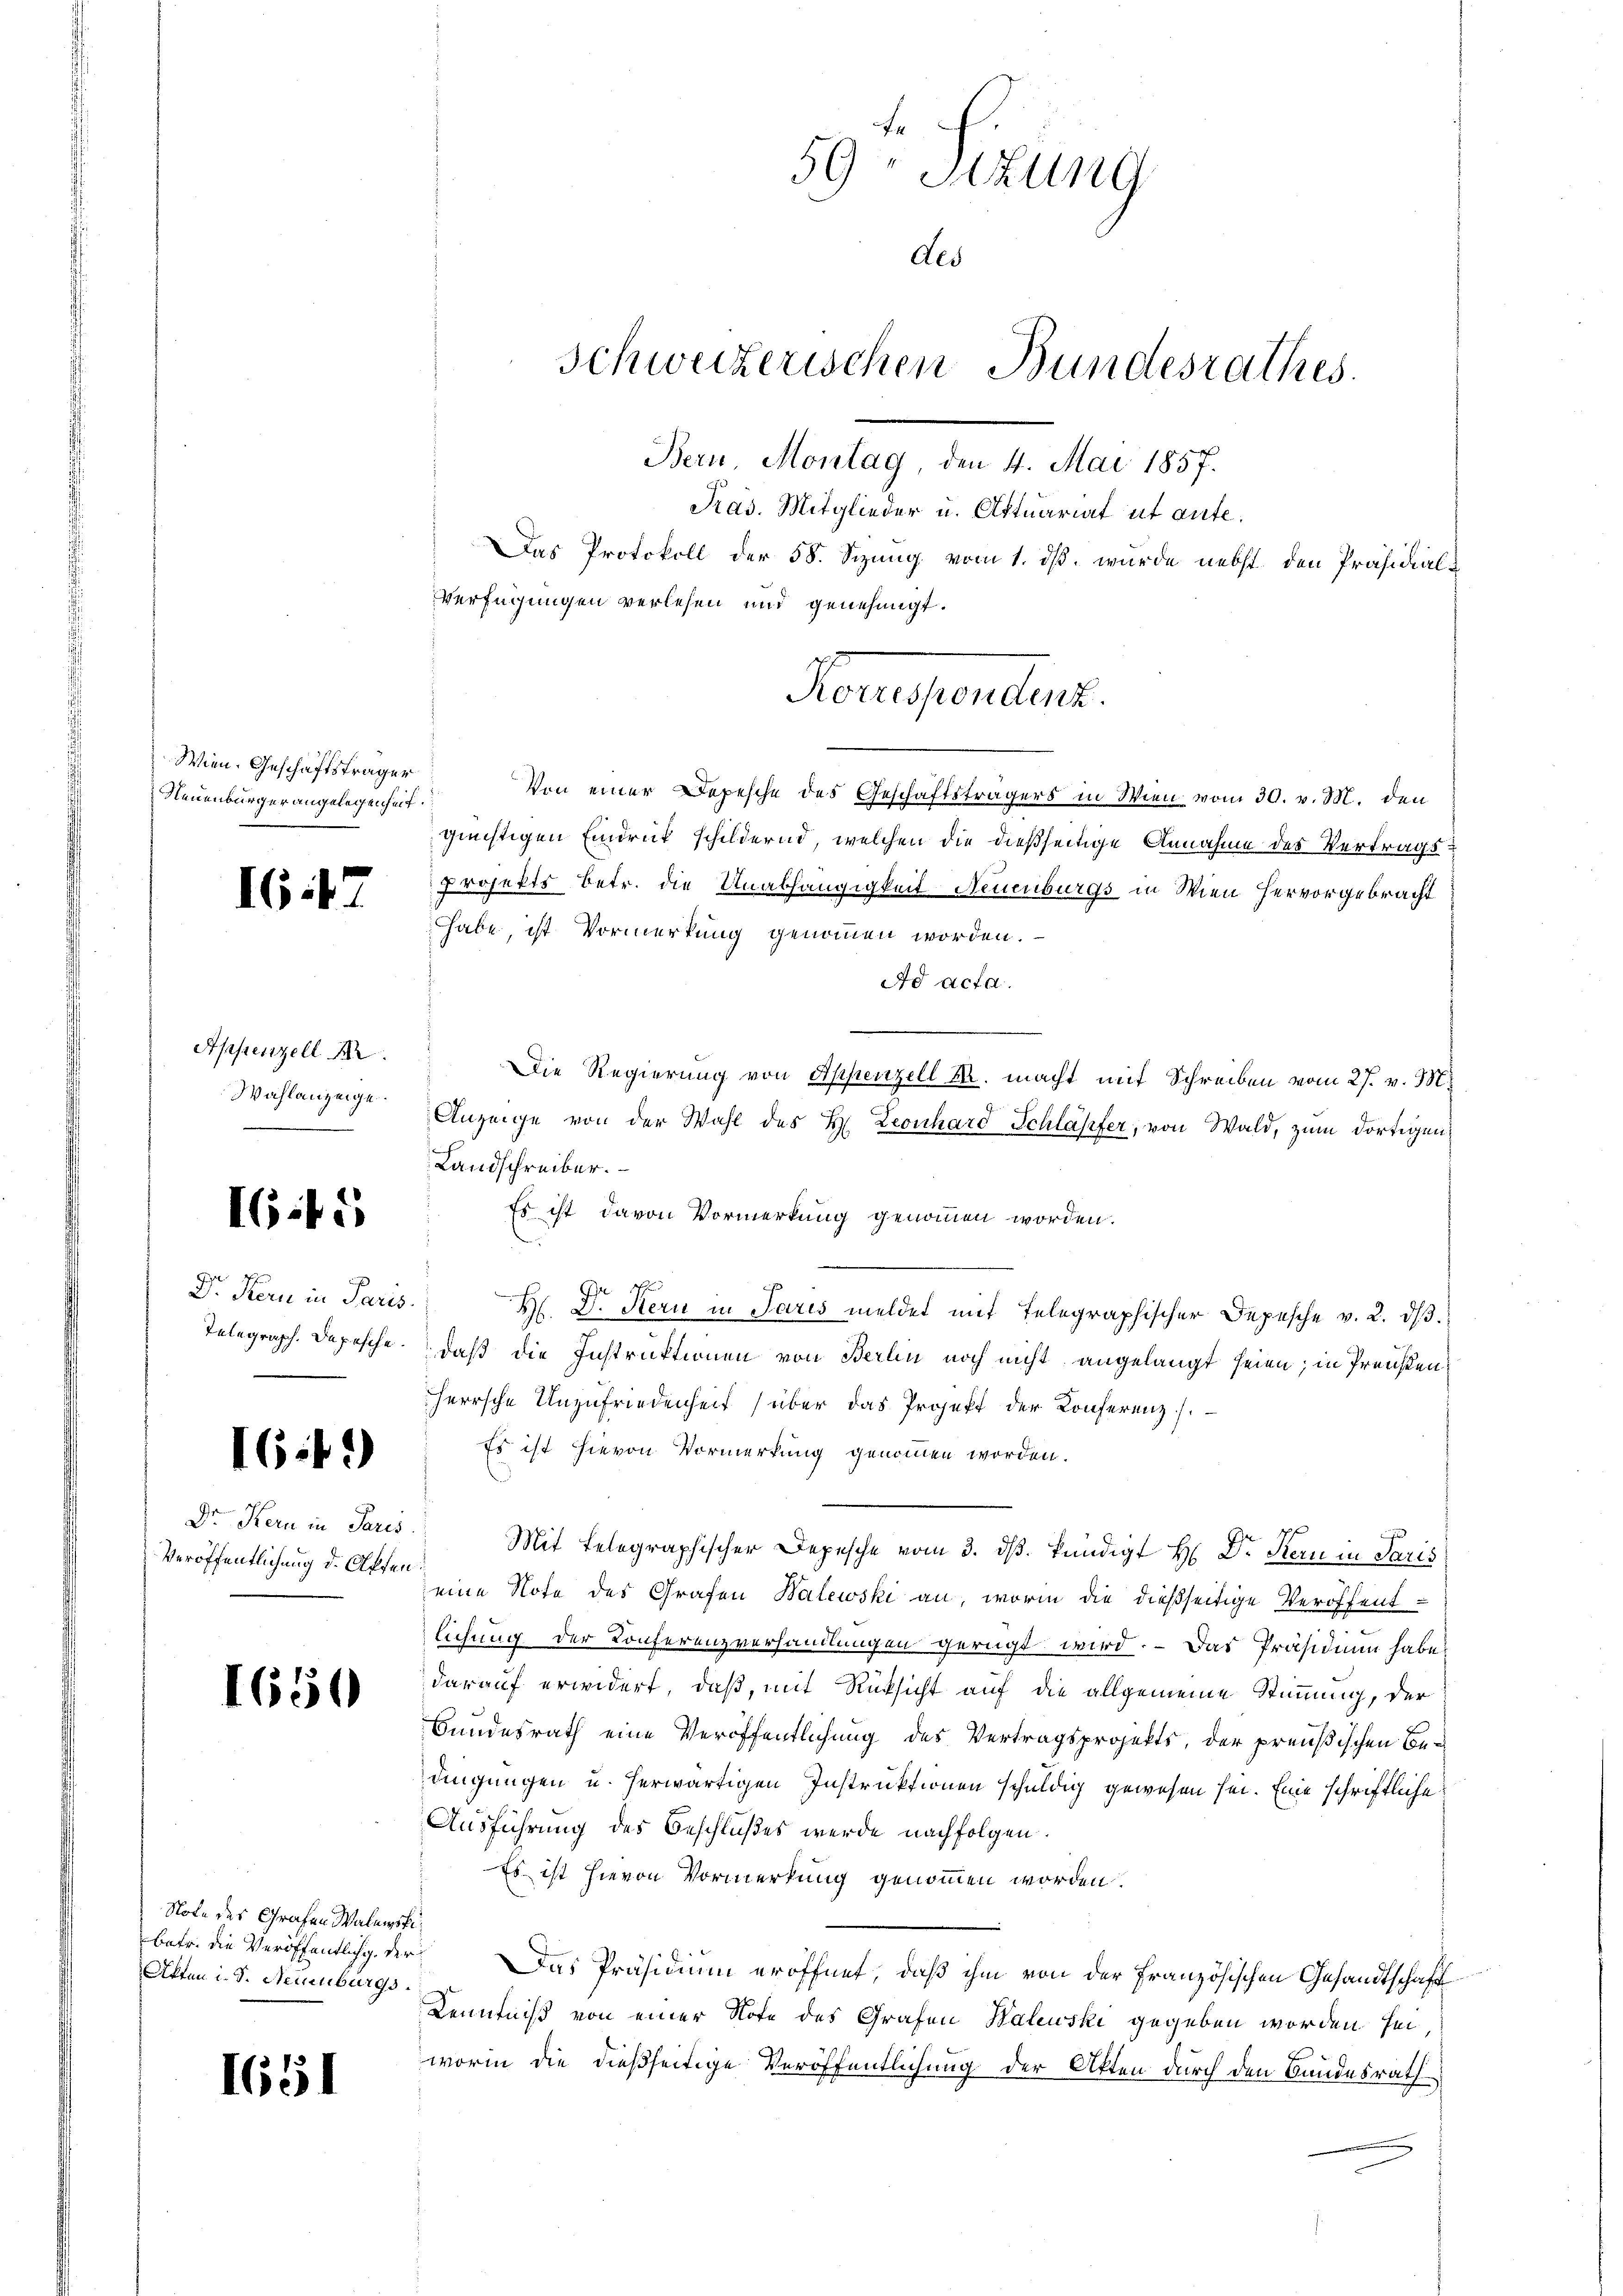
Wien. Geschäftsträger
Neuenburger angelegenheit.

IG.12

Appenzell A.
Wahlanzeige

I645

Dr. Kern in Paris.
Telegraph. Depesche

I6:1)

Dr Kern in Paris
Veröffentlichung d. Offen

1650

Note des Grafen Walanst
betr. die Veröffentlichg. der
Akten d. d. Neuenburgs

1651

e
59 Stzung
des
Schweizerischen Bundesrathes.
Bern, Montag, den 4. Mai 1857.
Pras. Mitglieder u. Aktuariat ut aufe.
Das Protokoll der 58. Sizung vom 1. ds. wurde nebst den Präsidial¬
Verfügungen verlesen und genehmigt.

¬

Von einer Depesche des Geschäftsträgers in Wien vom 30. v. M. den
güchtigen Eindruck schildernd, welchen die dießseitige Annahme des Vertrags¬
Projekts betr. die Unabhängigkeit Neuenburgs in Wien hervorgebracht
habe, ist Vormerkung genommen worden.
Ad Acta.
Die Regierung von Appenzell M. macht mit Schreiben vom 27. v. M.
Anzeige von der Wahl des H. Leonhard Schläpfer, von Wald, zum dortigen¬
Landschreiber.
Es ist davon Vormerkung genommen worden.

M. D. Stern in Paris meldet mit Telegraphischer Depesche v. 2. dβ.
daß die Instruktionen von Berlin noch nicht angelangt seien; in Preisenherrsche Unzufriedenheit (über das Projekt der Konferenz
Es ist hievon Vormerkung genommen worden.
Mit Belegraphischer Depesche vom 3. dβ. kündigt H. Dr Kern in Paris
eine Note des Grafen Walewski an, worin die dießseitige Veröffent-
ichung der Konferenzverhandlungen gerügt wird. - Das Präsidium habe
darauf erwidert, daß, mit Rücksicht auf die allgemeine Stimmung, der
Sundesrath eine Veröffentlichung des Vertragsprojekts, der preußischen Bedingungen u. herwärtigen Instruktionen schuldig gewesen sei. Eine schriftliche
Ausführung des Beschlußes werde nachfolgen.
Es ist hievon Vormerkung genommen worden.
Das Präsidium eröffnet, daß ihm von der französischen Gesandtschaft
Kenntniß von einer Note des Grafen Waluski gegeben worden sei,
vorin die dießseitige Veröffentlichung der Akten durch den Bundesrath

orgendent.